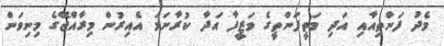
މެދު ފަންތިއާއި އަދި މަތީފަންތީގެ ވަޒީފާ އަދާ ކުރާނަމަ އެއިރުން މިރާއްޖޭގެ މިނިވަން